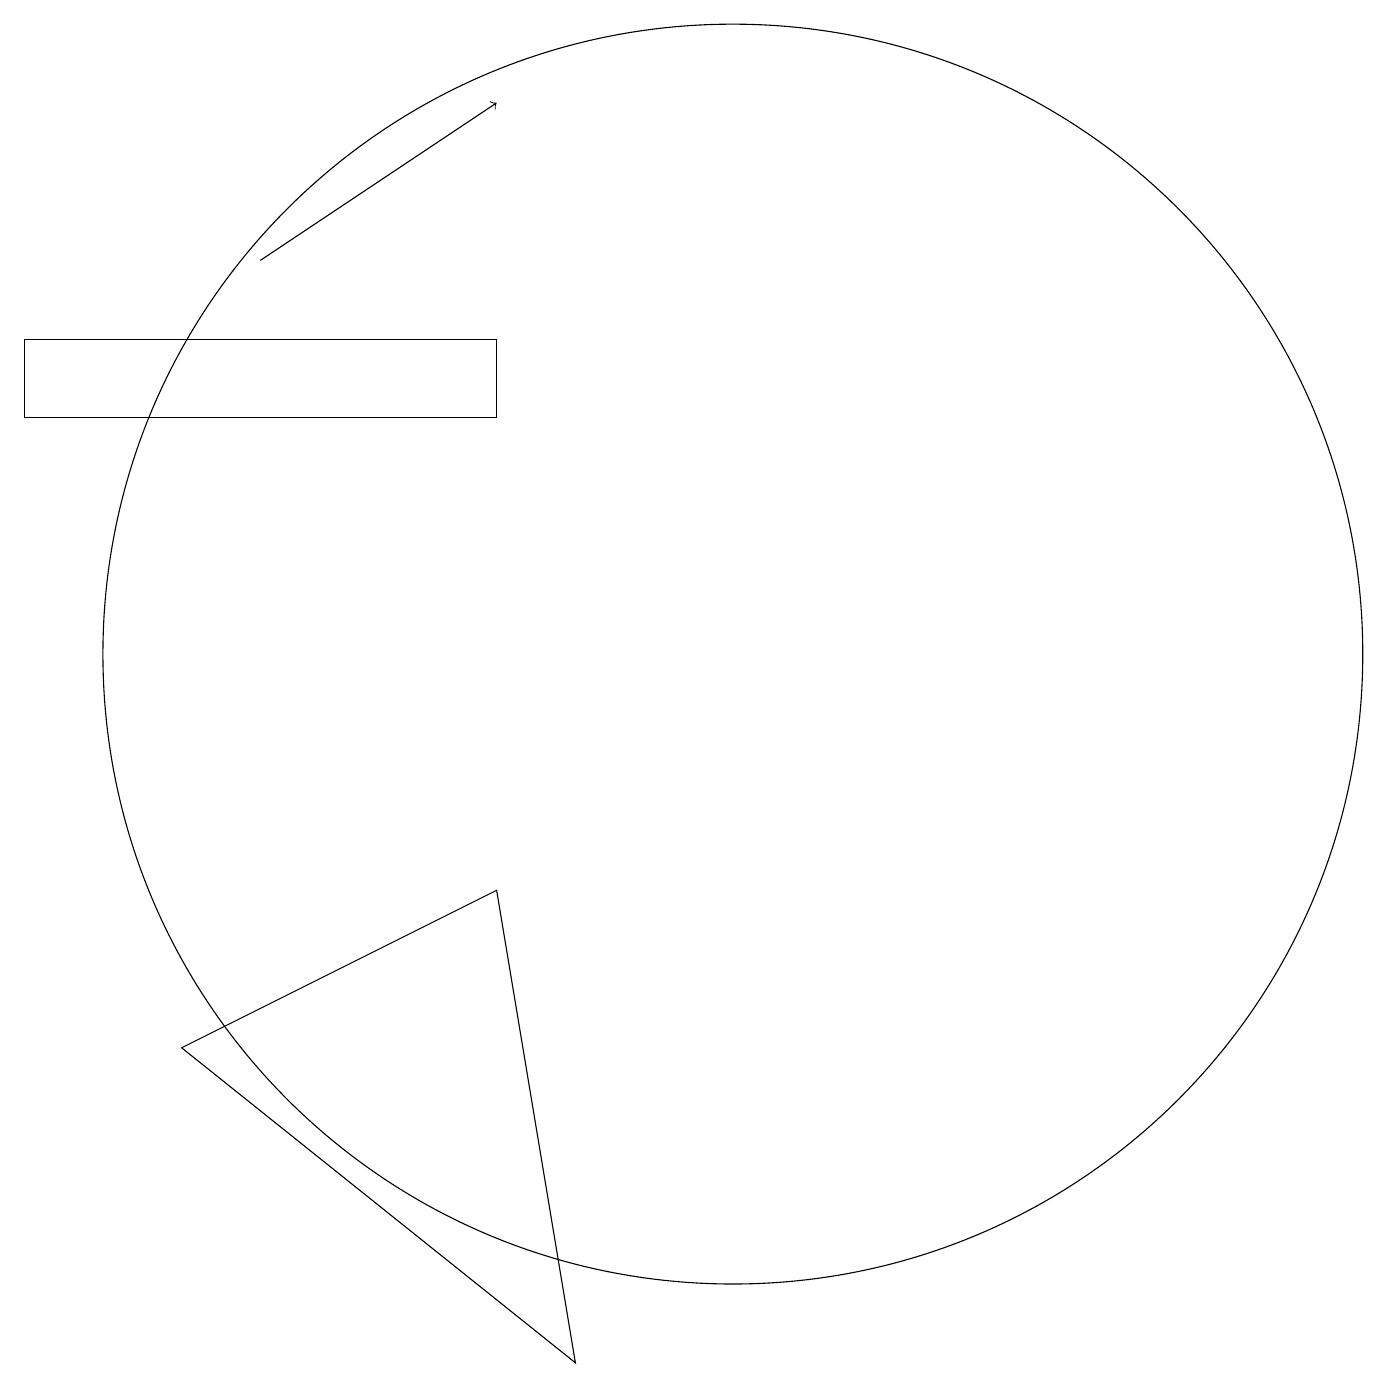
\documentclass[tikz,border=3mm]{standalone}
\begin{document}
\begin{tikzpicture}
\draw (11,11) circle (8);
\draw (8,8) -- (4,6) -- (9,2) -- cycle;
\draw (8,14) rectangle (2,15);
\draw[->] (5,16) -- (8,18);
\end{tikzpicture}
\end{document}